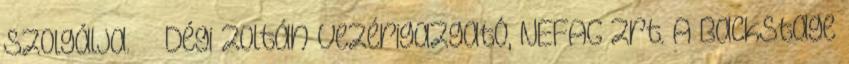
szolgálja.” – Dégi Zoltán vezérigazgató, NEFAG Zrt. A Backstage